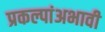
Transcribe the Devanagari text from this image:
प्रकल्पांअभावी